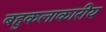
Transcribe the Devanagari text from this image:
बहुकलाकारीय